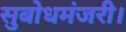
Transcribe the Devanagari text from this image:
सुबोधमंजरी।